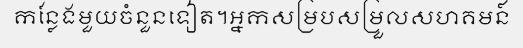
កន្លែងមួយចំនួនទៀត។អ្នកសម្របសម្រួលសហគមន៍